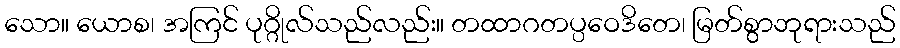
သော။ ယောစ၊ အကြင် ပုဂ္ဂိုလ်သည်လည်း။ တထာဂတပ္ပဝေဒိတေ၊ မြတ်စွာဘုရားသည်